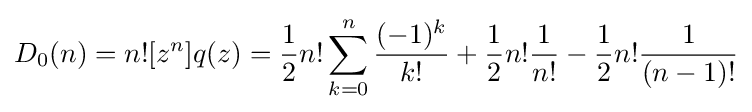
D_{0}(n)=n![z^{n}]q(z)={\frac {1}{2}}n!\sum _{k=0}^{n}{\frac {(-1)^{k}}{k!}}+{\frac {1}{2}}n!{\frac {1}{n!}}-{\frac {1}{2}}n!{\frac {1}{(n-1)!}}